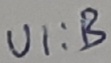
Text: UI:B